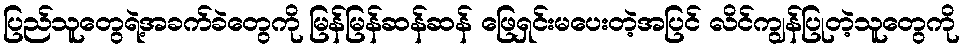
ပြည်သူတွေရဲ့အခက်ခဲတွေကို မြန်မြန်ဆန်ဆန် ဖြေရှင်းမပေးတဲ့အပြင် လိင်ကျွန်ပြုတဲ့သူတွေကို